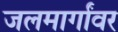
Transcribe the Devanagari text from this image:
जलमार्गांवर